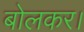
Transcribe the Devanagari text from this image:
बोलकर।